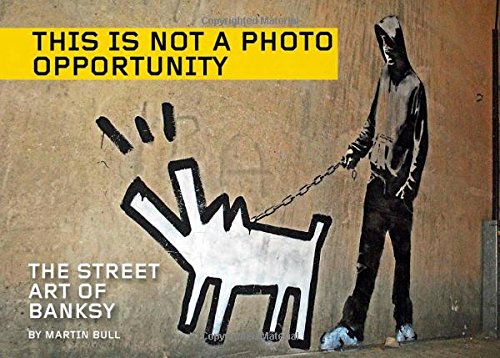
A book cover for This Is Not a Photo Opportunity: The Street Art of Banksy; Arts & Photography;